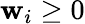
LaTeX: \mathbf{w}_{i}\geq0